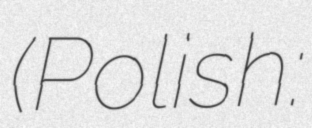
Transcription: (Polish: